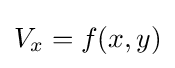
V_{x}=f(x,y)